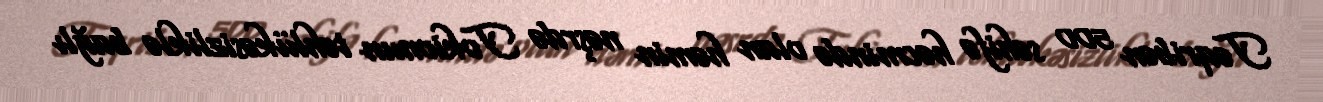
Təqribən 500 səhifə həcmində olan həmin nəşrdə Tokionun təhlükəsizliklə bağlı